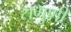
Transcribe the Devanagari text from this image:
सगुणी